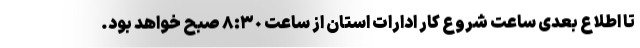
تا اطلاع بعدی ساعت شروع کار ادارات استان از ساعت ٨:٣٠ صبح خواهد بود.